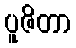
ပူဇိတာ